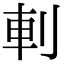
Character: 𠜒